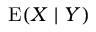
\operatorname { E } ( X \mid Y )